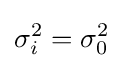
\sigma _{i}^{2}=\sigma _{0}^{2}